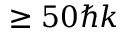
\ge 5 0 \hbar k